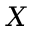
X